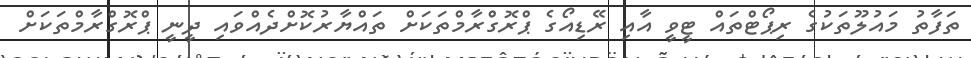
ތަފާތު މައުލޫތަކުގެ ރިޕޯޓްތައް ޓީވީ އާއި ރޭޑިއޯގެ ޕްރޮގްރާމްތަކަށް ތައްޔާރުކޮށްދެއްވައި ދީނީ ޕްރޮގްރާމްތަކަށް